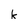
Character: k